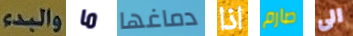
والبدء ما دماغها اذا صارم الى